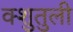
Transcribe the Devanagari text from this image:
क्शुतुली